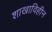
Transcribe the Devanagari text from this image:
शाखाविहीन